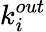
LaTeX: k_{i}^{out}